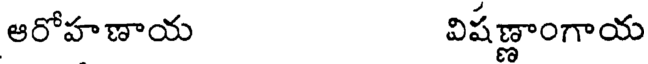
ఆరోహణాయ విషణ్ణాంగాయ